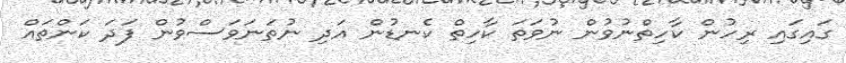
ގައިގައި ރިހުން ކާހިތްނުވުން ނުވަތަ ކާހިތް ކެނޑުން އަދި ނުތަނަވަސްވުން ފަދަ ކަންތައް